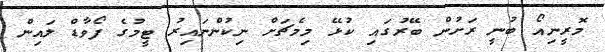
މޮރީނިއޯ ބުނީ ރަށުން ބޭރުގައި ކުޅޭ މިމެޗަށް ނިކުންނައިރު ޓީމުގެ ފޯވާޑް ލައިން